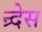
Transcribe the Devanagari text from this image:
न्र्देस